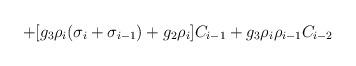
LaTeX: \begin{align*}+ [g_3 \rho _i (\sigma _i+\sigma _{i-1})+g_2 \rho _i] C_{i-1} +g_3 \rho _i \rho _{i-1}C_{i-2}\end{align*}